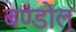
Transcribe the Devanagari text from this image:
बण्डोल